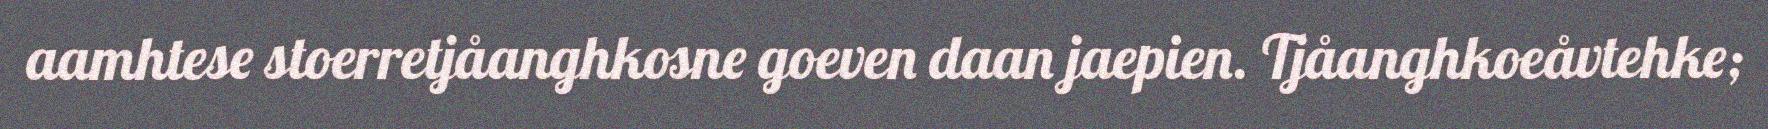
aamhtese stoerretjåanghkosne goeven daan jaepien. Tjåanghkoeåvtehke;